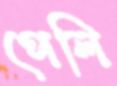
পেলি